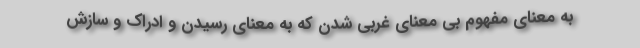
به معنای مفهوم بی معنای غربی شدن که به معنای رسیدن و ادراک و سازش